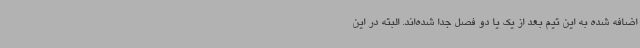
اضافه شده به این تیم بعد از یک یا دو فصل جدا شده‌اند. البته در این